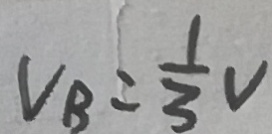
V _ { B } = \frac { 1 } { 3 } V